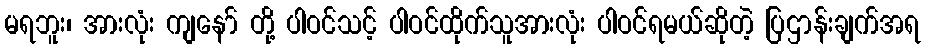
မရဘူး၊ အားလုံး ကျနော် တို့ ပါဝင်သင့် ပါဝင်ထိုက်သူအားလုံး ပါဝင်ရမယ်ဆိုတဲ့ ပြဌာန်းချက်အရ